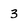
Character: 3